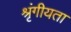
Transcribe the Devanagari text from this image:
श्रृंगीयता